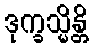
ဒုက္ခသ္မိန္တိ